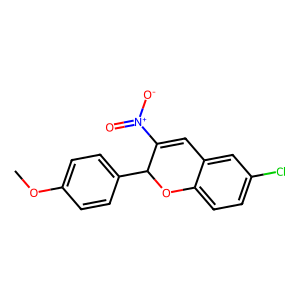
SMILES: COc1ccc(C2Oc3ccc(Cl)cc3C=C2[N+](=O)[O-])cc1
Inhibits HIV replication: No